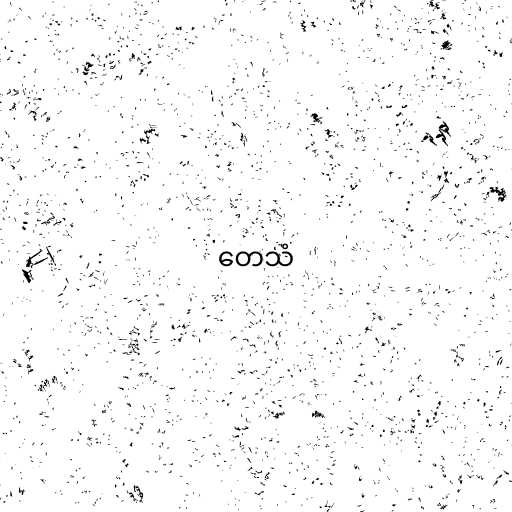
တေသံ